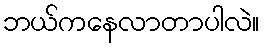
ဘယ်ကနေလာတာပါလဲ။